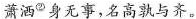
萧洒^{②}身无事，名高孰与齐。